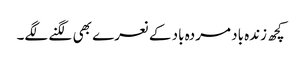
کچھ زندہ باد مردہ باد کے نعرے بھی لگنے لگے۔